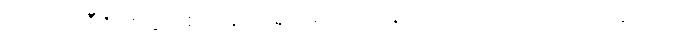
ထုပ်ပိုးမှုဒီဇိုင်းတွင် စက်ရုံပိုင်ရှင်များ သင်နားလည်သဘောပေါက်နိုင်သည်